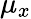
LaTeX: \mu_{x}